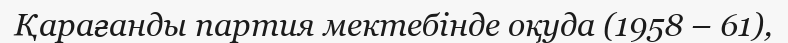
Қарағанды партия мектебінде оқуда (1958 – 61),